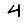
Digit: 4